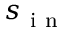
s _ { \mathrm { ~ i ~ n ~ } }